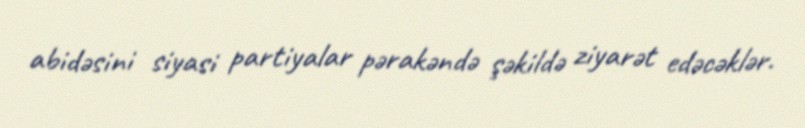
abidəsini siyasi partiyalar pərakəndə şəkildə ziyarət edəcəklər.